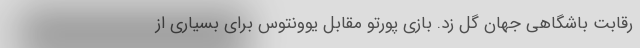
رقابت باشگاهی جهان گل زد. بازی پورتو مقابل یوونتوس برای بسیاری از